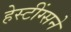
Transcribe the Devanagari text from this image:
हेस्टींग्सने